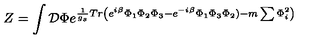
Z = \int \mathcal { D } \Phi e ^ { \frac 1 { g _ { s } } T r \left( e ^ { i \beta } \Phi _ { 1 } \Phi _ { 2 } \Phi _ { 3 } - e ^ { - i \beta } \Phi _ { 1 } \Phi _ { 3 } \Phi _ { 2 } ) - m \sum \Phi _ { i } ^ { 2 } \right) }